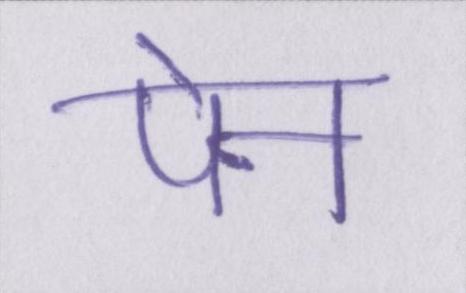
पेन